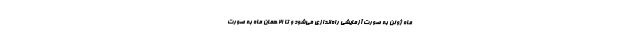
ماه ژوئن به صورت آزمایشی راه‌اندازی می‌شود و تا ۲۱ همان ماه به صورت